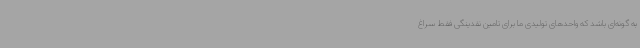
به گونه‌ای باشد که واحدهای تولیدی ما برای تامین نقدینگی فقط سراغ